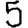
Digit: 5